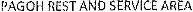
PAGOH REST AND SERVICE AREA